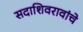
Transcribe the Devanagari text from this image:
सदाशिवरावांचे